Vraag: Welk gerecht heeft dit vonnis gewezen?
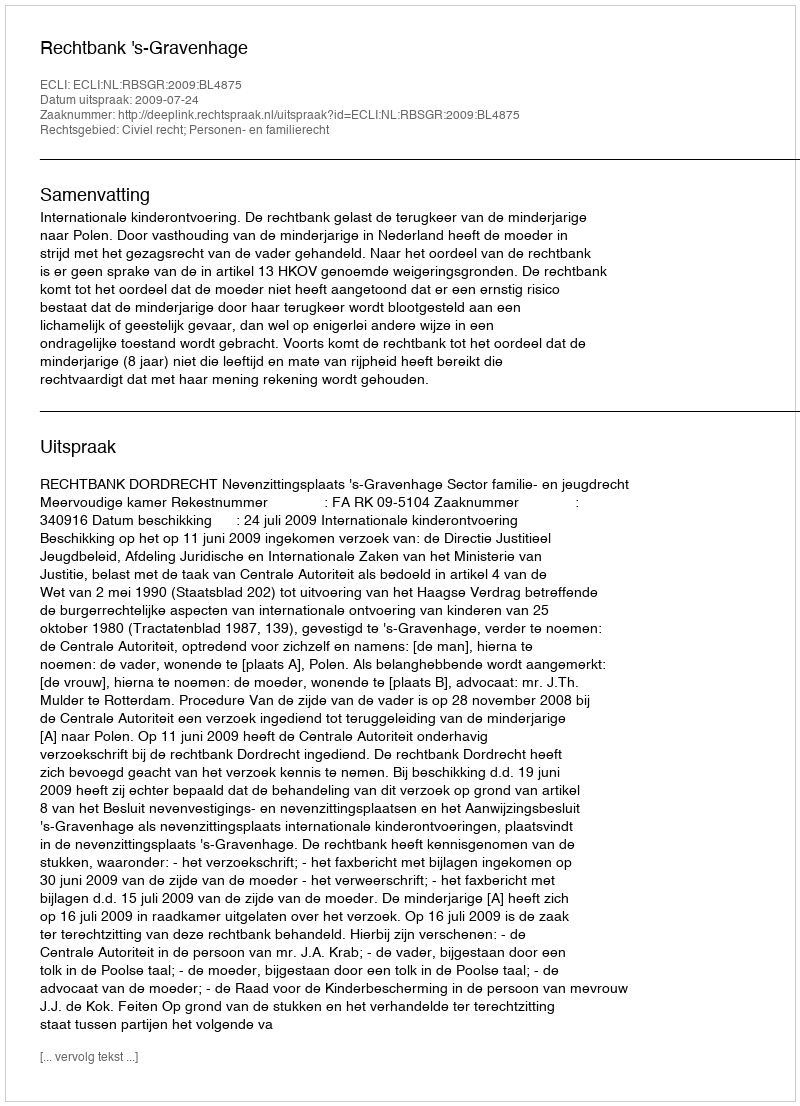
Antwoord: Rechtbank 's-Gravenhage